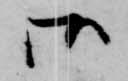
御